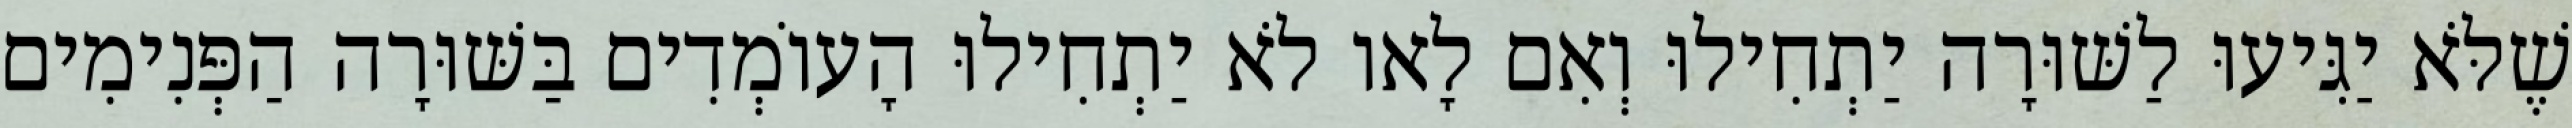
שֶׁלֹּא יַגִּיעוּ לַשּׁוּרָה יַתְחִילוּ וְאִם לָאו לֹא יַתְחִילוּ הָעוֹמְדִים בַּשּׁוּרָה הַפְּנִימִים